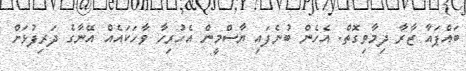
ބައްޕައާ ޒާރާ ދިމާވިގޮތް. އެހެން ބުނެފައި ޔާސްމީން އެހުރިހާ ވާހަކައެއް އޭނާގެ ދަރިފުޅަށް